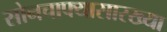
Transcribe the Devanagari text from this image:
सोनचाफ्यासारख्या